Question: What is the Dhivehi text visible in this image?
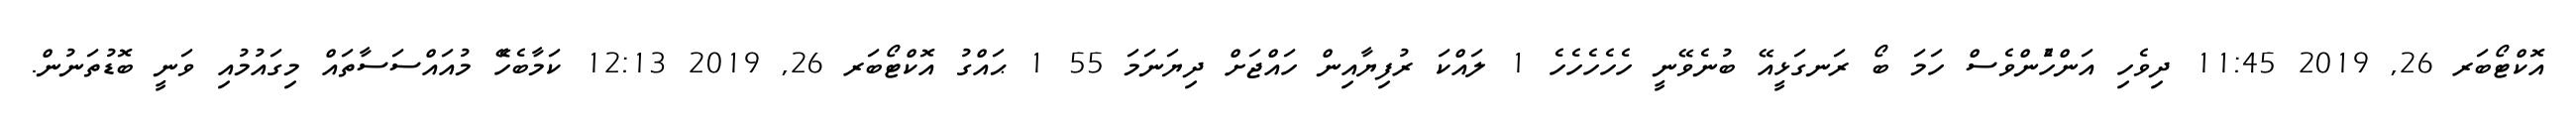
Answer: އޮކްޓޯބަރ 26, 2019 11:45 ދިވެހި އަންހެުންވެސް ހަމަ ބޯ ރަނގަޅީއޭ ބުނެވޭނީ ހެހެހެހެހެ 1 ލައްކަ ރުފިޔާއިން ހައްޖަށް ދިޔަނަމަ 55 1 ޙައްގު އޮކްޓޯބަރ 26, 2019 12:13 ކަމާބެހެޭ މުއައްސަސާތައް މިގައުމުއި ވަނީ ބޮޑުތަނުން.